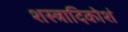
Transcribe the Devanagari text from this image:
शस्त्रादिकोशं